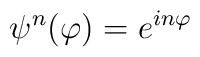
\psi^n(\varphi)=e^{in\varphi}